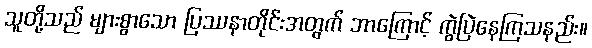
သူတို့သည် များစွာသော ပြဿနာတိုင်းအတွက် ဘာကြောင့် ကွဲပြဲနေကြသနည်း။